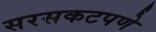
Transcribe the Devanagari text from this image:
सरसकटपणे